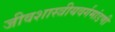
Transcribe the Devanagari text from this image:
जीवशास्त्रीयवर्गमांडणी